system: You are a helpful assistant.
user:
Analyze the provided spectrum to determine if it is a **S-type Star**.

- **Key Indicators for S-type Star:**

    - **(Overall Spectrum Shape):** The first and most obvious characteristic is the overall continuum (the "baseline" shape). It is **extremely "red-sloping,"** meaning the flux (light intensity) is very low on the left side (blue, ~4000-4500 Å) and rises steeply and continuously toward the right side (red, ~7000 Å+).

    - **(Primary):** The spectrum is defined by the presence of strong, broad molecular absorption "valleys" (bands) from **Zirconium Oxide (ZrO)**. The identification of these bands is the **primary requirement** for classifying a star as S-type.
        - **(Key Bandheads):** You must find distinct, deep "dips" where the light has been absorbed. The most critical band systems to locate are:
            - **~6474 Å** ($\gamma$-system): This is often the strongest and clearest ZrO feature, found in the red part of the spectrum.
            - **~5718 Å** & **~5551 Å** ($\beta$-system): A pair of prominent absorption features in the yellow-orange part of the spectrum.
            - **~4640 Å** ($\alpha$-system): A key absorption band system in the blue-green region of the spectrum.

    - **(Secondary Confirmation):** The classification is strengthened by finding additional absorption bands from other related heavy element oxides, which are expected to be present alongside ZrO.
        - **(Key Bandheads):**
            - **Yttrium Oxide (YO):** Look for absorption dips near **~4800 Å** and **~6100 Å**.
            - **Lanthanum Oxide (LaO):** Additional absorption features, particularly in the red-orange part of the spectrum, are also characteristic.

    - **(Line Profile):** The combination of the steep red continuum and these numerous, deep molecular bands (ZrO, YO, etc.) gives the entire spectrum a very **"chopped-up"** or **"bumpy"** appearance. Instead of a smooth curve, the spectrum looks as though large, wide chunks of light have been "carved out" of it at the specific wavelengths listed above.

Think first, call **spectral_visualization_tool** if needed to examine features in detail, then provide your final answer. Your response must adhere to the following strict rules:
1.  **Overall Structure:** Your response must follow the format `<think>...</think> <tool_call>...</tool_call> (if a tool is used) <answer>...</answer>`.
2.  **Tool Usage Constraint:** You may only make **one** tool call per turn.
3.  **Final Answer Format:** In the `<answer>` tag, your conclusion must be inside a `\boxed{}` command (e.g., `\boxed{YES}` or `\boxed{NO}`), followed by your justification.

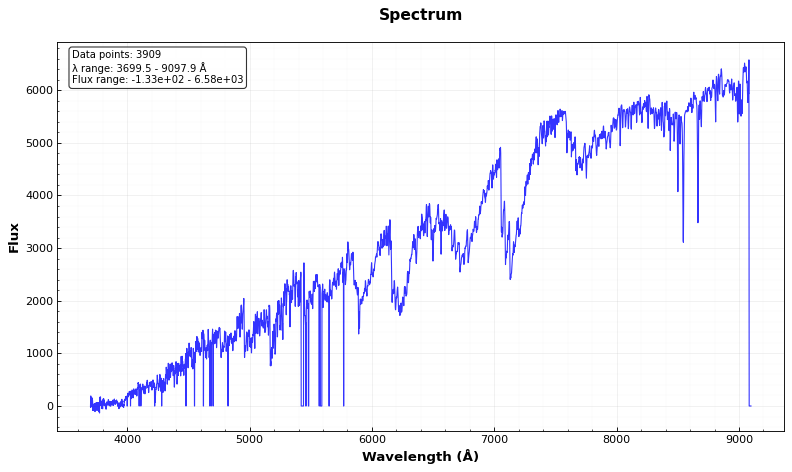
Answer: YES